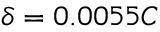
\delta = 0 . 0 0 5 5 C